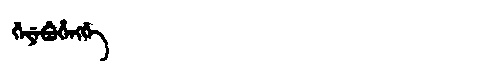
Manchu: ᡤᡝᠶᡝᠪᡠᡥᡝᠩᡤᡝ
Romanization: GEYEBUHENGGE